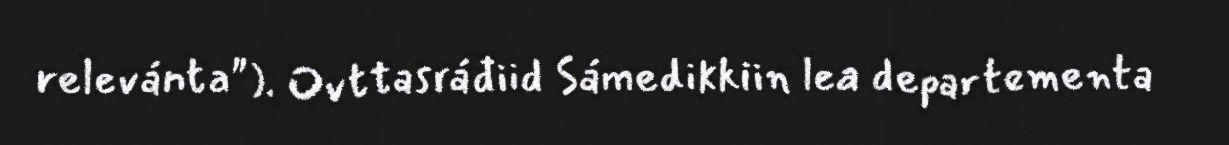
relevánta"). Ovttasráđiid Sámedikkiin lea departementa